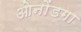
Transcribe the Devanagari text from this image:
ओनोंडगा